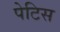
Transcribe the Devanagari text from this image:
पेटिस